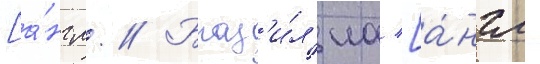
[а́нгл. // Браз'и́л'иа [а́нгл.